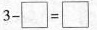
$$3 - \Box = \Box $$